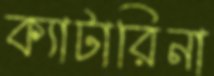
ক্যাটারিনা